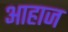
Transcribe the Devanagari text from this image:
आहाज